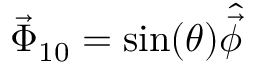
\vec { \Phi } _ { 1 0 } = \sin ( \theta ) \hat { \vec { \phi } }